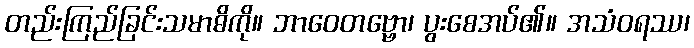
တည်းကြည်ခြင်းသမာဓိကို။ ဘာဝေတဗ္ဗော၊ ပွးစေအပ်၏။ အသံဝရဿ၊